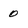
Character: 0